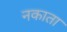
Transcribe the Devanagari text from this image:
नकाता